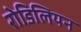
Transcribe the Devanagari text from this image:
रोडिलियन